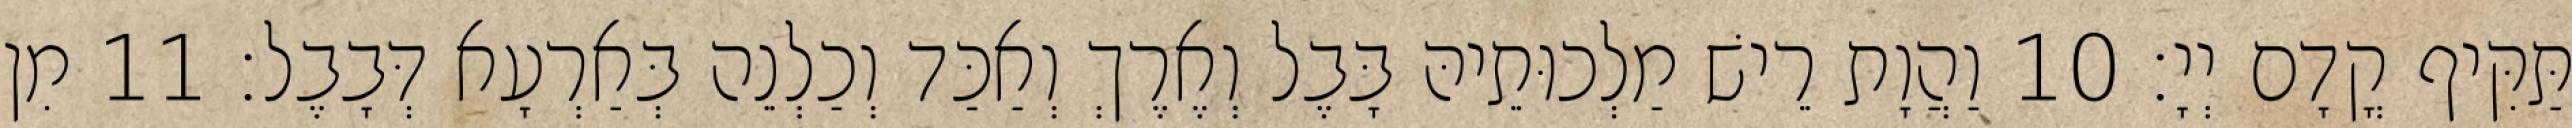
תַּקִּיף קֳדָם יְיָ׃ 10 וַהֲוָת רֵישׁ מַלְכוּתֵיהּ בָּבֶל וְאֶרֶךְ וְאַכַּד וְכַלְנֵה בְּאַרְעָא דְּבָבֶל׃ 11 מִן